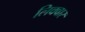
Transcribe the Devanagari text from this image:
लिक्वार